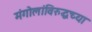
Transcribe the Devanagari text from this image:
मंगोलांविरुद्धच्या